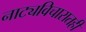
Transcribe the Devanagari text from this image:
नाट्यविचारातही